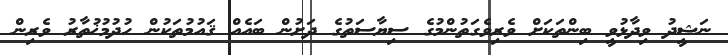
ނަޝީދު ވިދާޅުވީ ބިންތަކަށް ވެރިވެގަތުންމުގެ ސިޔާސަތުގެ ދަށުން ބައެއް ޤައުމުތަކުން ހުދުމުޚުތާރު ވެރިން